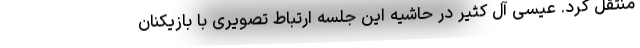
منتقل کرد. عیسی آل کثیر در حاشیه این جلسه ارتباط تصویری با بازیکنان